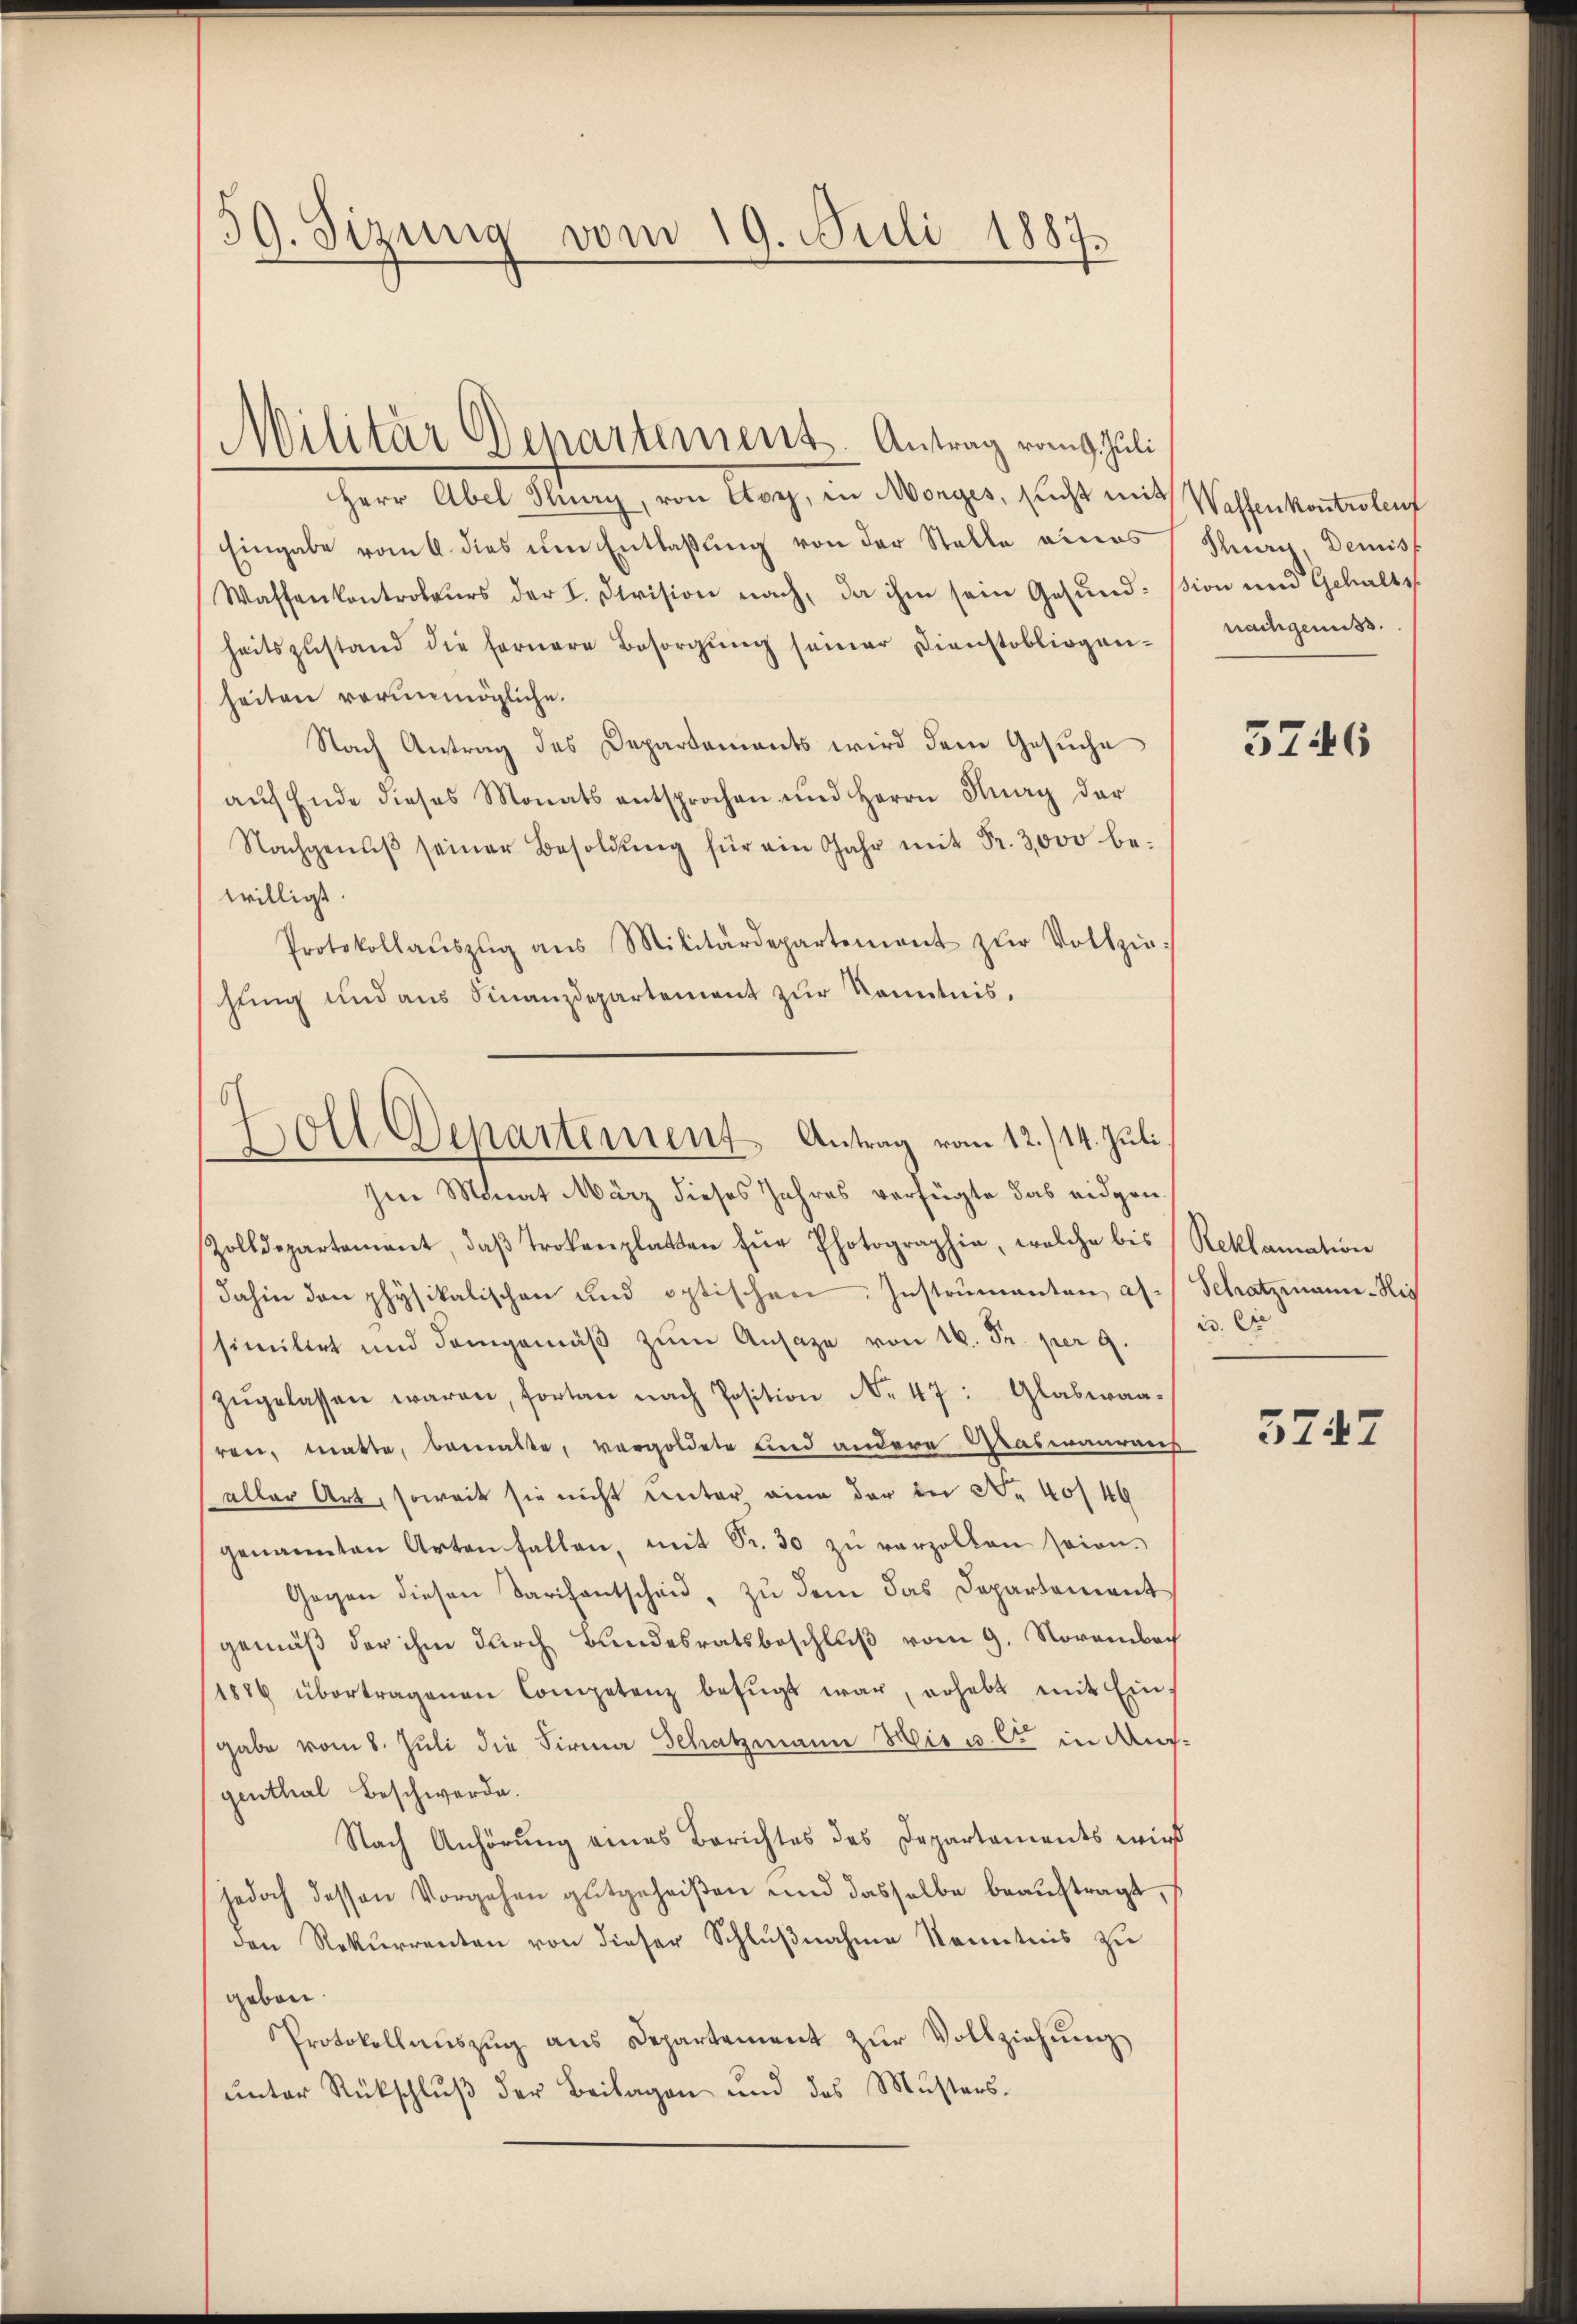
59. Sizung vom 19. Juli 1887.

Militär Departement. Antrag vom 9. Juli

Herr Abel Flury, von Cor, in Morges, sucht mit Wallenkontrolent
Eingabe von dies um Entlaßung von der Stelle eines
Waffenkontroleurs der I. Division nach, da ihm sein Gesŭnd-
heitszustand die fernere Besorgŭng seiner Dienstobliegen-
heiten vorunmögliche.
Nach Antrag des Departements wird dem Gesuche
aŭf Ende dieses Monats entsprochen und Herrn Huey der
Nachgenŭβ seiner Besoldŭng für ein Jahr mit Fr. 3000 be-
willigt.
Protokollaŭszŭg ans Militärdepartement zŭr Vollziehting und aus Finanzdepartement zŭr Kenntnis,
hen Monat März dieses Jahres verfügte das eidgen¬
Zolldepartement, daβ trokenplatten für Photographie, welche bis (Reklamation
dahin den physikalischen und optischen. Instrumenten als Schatzmann-His
similirt und demgemäβ zŭm Ansage von 16. Fr. per 9.
zŭgelassen waren, fortan nach Position No 47: Glaseraa-
ren, matte, bemalte, vergoldete und andere Graswaarens
aller Art, soweit sie nicht unter eine der in Nr. 40/49
genannten Arten fallen, mit Sr. 30 zŭ verzollen sein.
Gegen diesen Tarifantscheid, zu dem das Departement
gemäß der ihm durch Bundesratsbeschluß vom 9. November
11884 übertragenen Competenz befŭgt war, erhebt mit Eingabe vom 8. Juli die Firma Schatzmann Mis u. er in Ausgenthal Beschwerde.
Nach Anhörung eines Berichtes des Departaments wird
jedoch dessen Vorgehen gutgeheißen und dasselbe beaŭftragt,
den Rekurrenten von dieser Schlußnahme kenntnis zu
gabon
Protokollaŭszŭg aŭs Departement zŭr Vollziehŭng
ŭnter Rückschlŭβ der Beilagen und des Musters-

6
Boll Departement Antrag vom 12./14. Juli

Thurg, Demiss
sion und Gehalts
nachgenuss.

3746

i. Die

3747